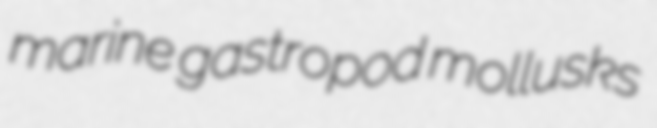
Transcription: marine gastropod mollusks